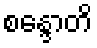
စန္ဒောတိ